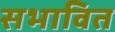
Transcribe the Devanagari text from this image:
सभावित